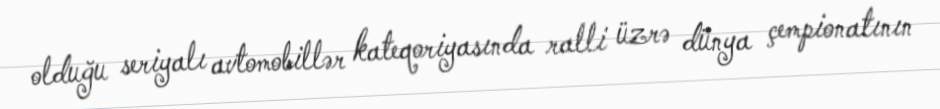
olduğu seriyalı avtomobillər kateqoriyasında ralli üzrə dünya çempionatının